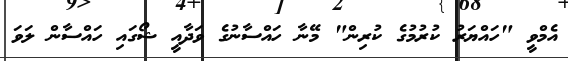
އެމްވީ "ހައްޔަރު ކުރުމުގެ ކުރިން" މޭނާ ހައްސާނުގެ ވަދާއީ ޝޯގައި ހައްސާން ލަވަ